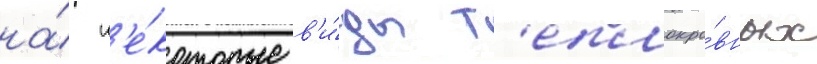
на́ н'е́которые в'и́ды т'еплокро́вных